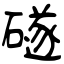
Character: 礈